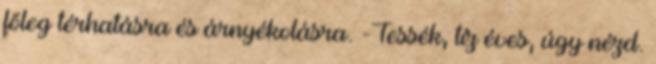
főleg térhatásra és árnyékolásra. -Tessék, tíz éves, úgy nézd.